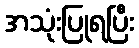
အသုံးပြုရပြီး